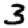
Digit: 3